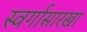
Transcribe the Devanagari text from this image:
स्वर्गासारखा